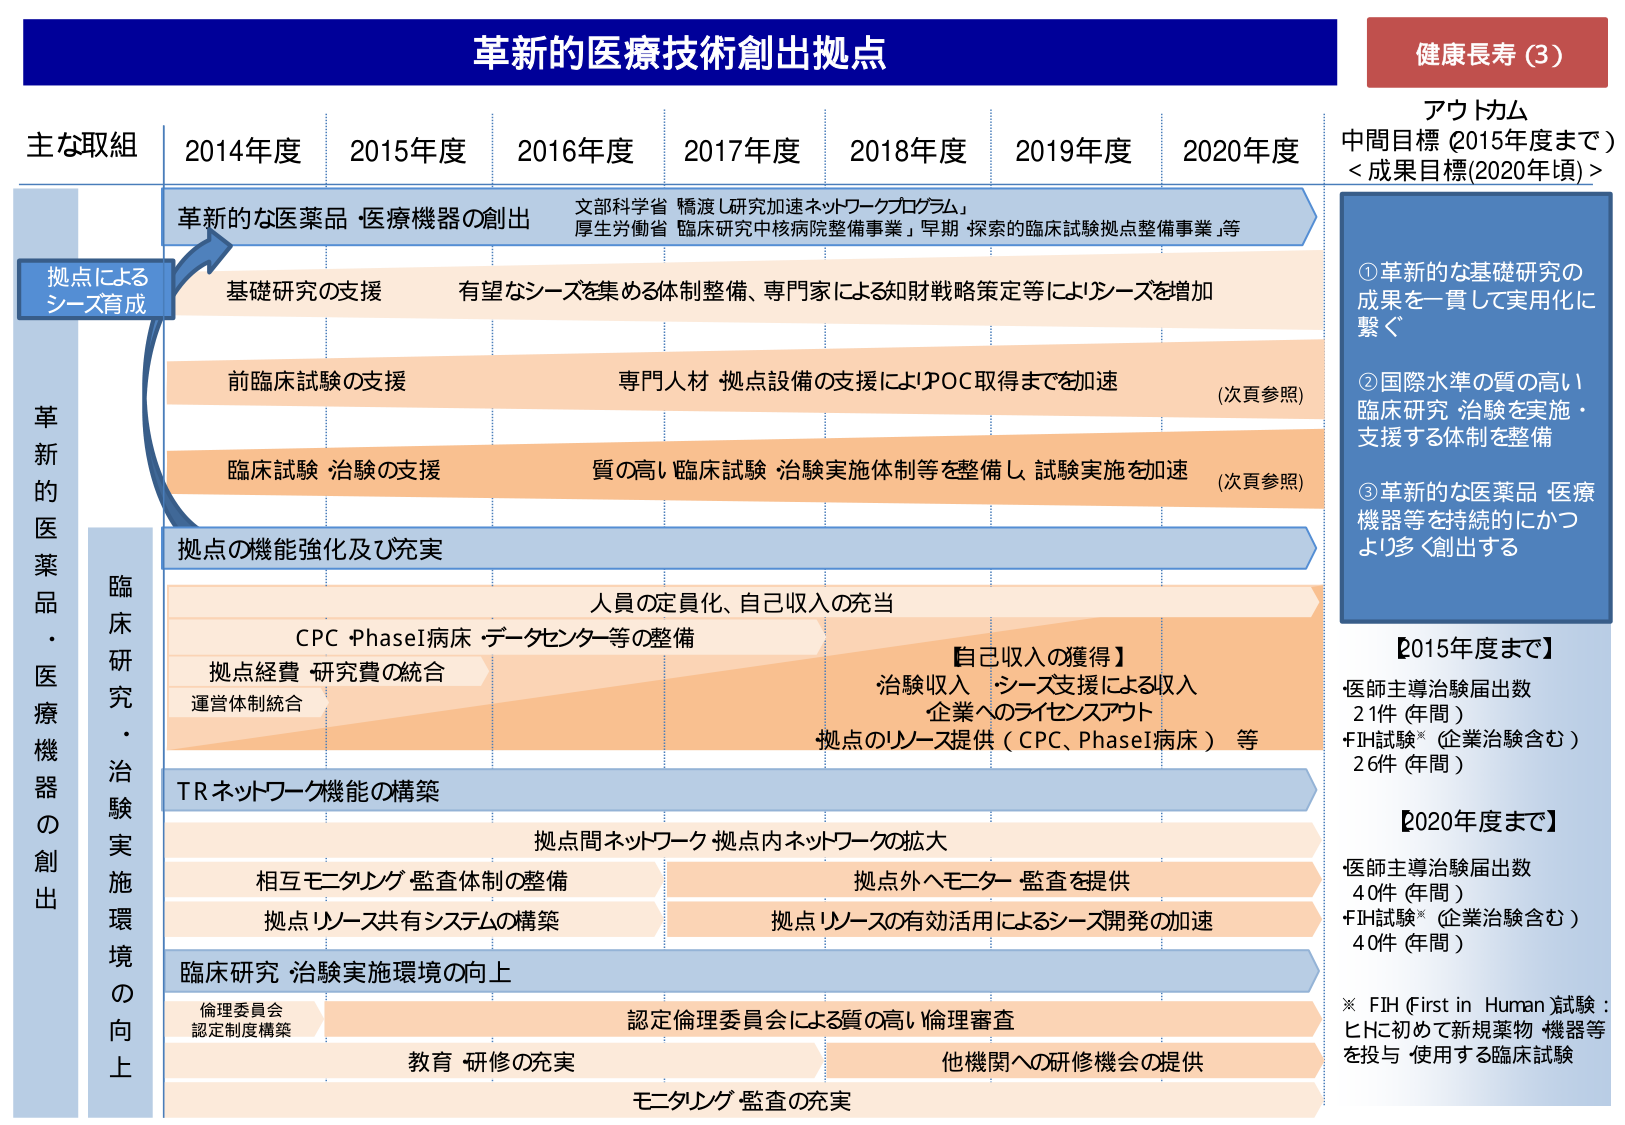
革新的医療技術創出拠点

健康長寿（3）

アウトカム
中間目標（2015年度まで）
＜成果目標(2020年頃)＞

①革新的な基礎研究の
成果を一貫して実用化に
繋ぐ

②国際水準の質の高い
臨床研究・治験を実施・
支援する体制を整備

③革新的な医薬品・医療
機器等を持続的にかつ
より多く創出する

主な取組
2014年度 2015年度 2016年度 2017年度 2018年度 2019年度 2020年度

拠点による
シーズ育成

革新的な医薬品・医療機器の創出
文部科学省「橋渡し研究加速ネットワークプログラム」
厚生労働省「臨床研究中核病院整備事業」「早期・探索的臨床試験拠点整備事業」等

基礎研究の支援
有望なシーズを集める体制整備、専門家による知財戦略策定等によりシーズを増加

前臨床試験の支援
専門人材・拠点設備の支援によりPOC取得までを加速
（次頁参照）

臨床試験・治験の支援
質の高い臨床試験・治験実施体制等を整備し、試験実施を加速
（次頁参照）

革新的医薬品・医療機器の創出

拠点の機能強化及び充実

人員の定員化、自己収入の充当

CPC PhaseI病床・データセンター等の整備

拠点経費・研究費の統合
運営体制統合

【自己収入の獲得】
治験収入・シーズ支援による収入
企業へのライセンスアウト
拠点のリソース提供（CPC、PhaseI病床）等

TRネットワーク機能の構築

拠点間ネットワーク・拠点内ネットワークの拡大

相互モニタリング・監査体制の整備
拠点外へモニター・監査を提供

拠点リソース共有システムの構築
拠点リソースの有効活用によるシーズ開発の加速

臨床研究・治験実施環境の向上

倫理委員会
認定制度構築
認定倫理委員会による質の高い倫理審査

教育・研修の充実
他機関への研修機会の提供

モニタリング・監査の充実

【2015年度まで】
・医師主導治験届出数
21件（年間）
・FIH試験※（企業治験含む）
26件（年間）

【2020年度まで】
・医師主導治験届出数
40件（年間）
・FIH試験※（企業治験含む）
40件（年間）

※ FIH（First in Human）試験：
ヒトに初めて新規薬物・機器等
を投与・使用する臨床試験